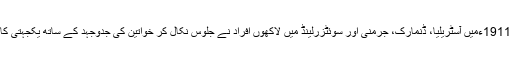
19 مارچ 1911ءمیں آسٹریلیا، ڈنمارک، جرمنی اور سوئٹزرلینڈ میں لاکھوں افراد نے جلوس نکال کر خواتین کی جدوجہد کے ساتھ یکجہتی کا اظہار کیا۔